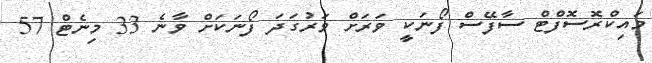
މައިކްރޮސޮފްޓް ސާފޭސް ފޯނަކީ ވަރަށް ވަރުގަދަ ފޯނަކަށް ވާނެ 33 މިނެޓް 57